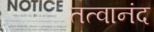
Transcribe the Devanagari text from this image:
तत्वानंद